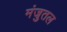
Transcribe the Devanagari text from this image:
मंजुतल